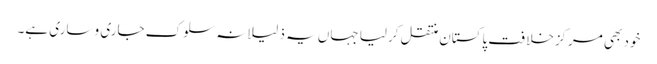
خود بھی مرکزخلافت پاکستان منتقل کرلیا جہاں یہ ذلیلانہ سلوک جاری و ساری ہے۔